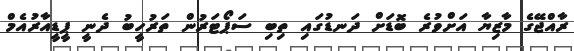
ރާއްޖޭގެ މާޒިޔާ އަށްވުރެ ބޮޑަށް ދަނޑުގައި ތިބި ސަޕޯޓަރުން ތަރުހީބު ދެނީ ޕީޑީއާރުއެމް